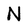
Character: N